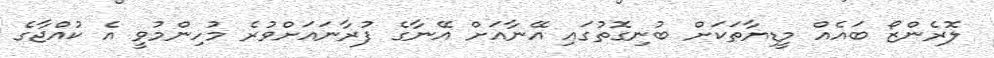
ލޮރެންޒޯ ބައެއް މީޑިޔާތަކަށް ބުނިގޮތުގައި އޭނާއަށް އޭނާގެ ފުރާނައަށްވުރެ މުހިންމުވީ އެ ކުއްޖާގެ